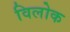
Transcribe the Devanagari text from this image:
विलोक